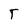
Character: T